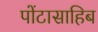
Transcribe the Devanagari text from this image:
पोंटासाहिब